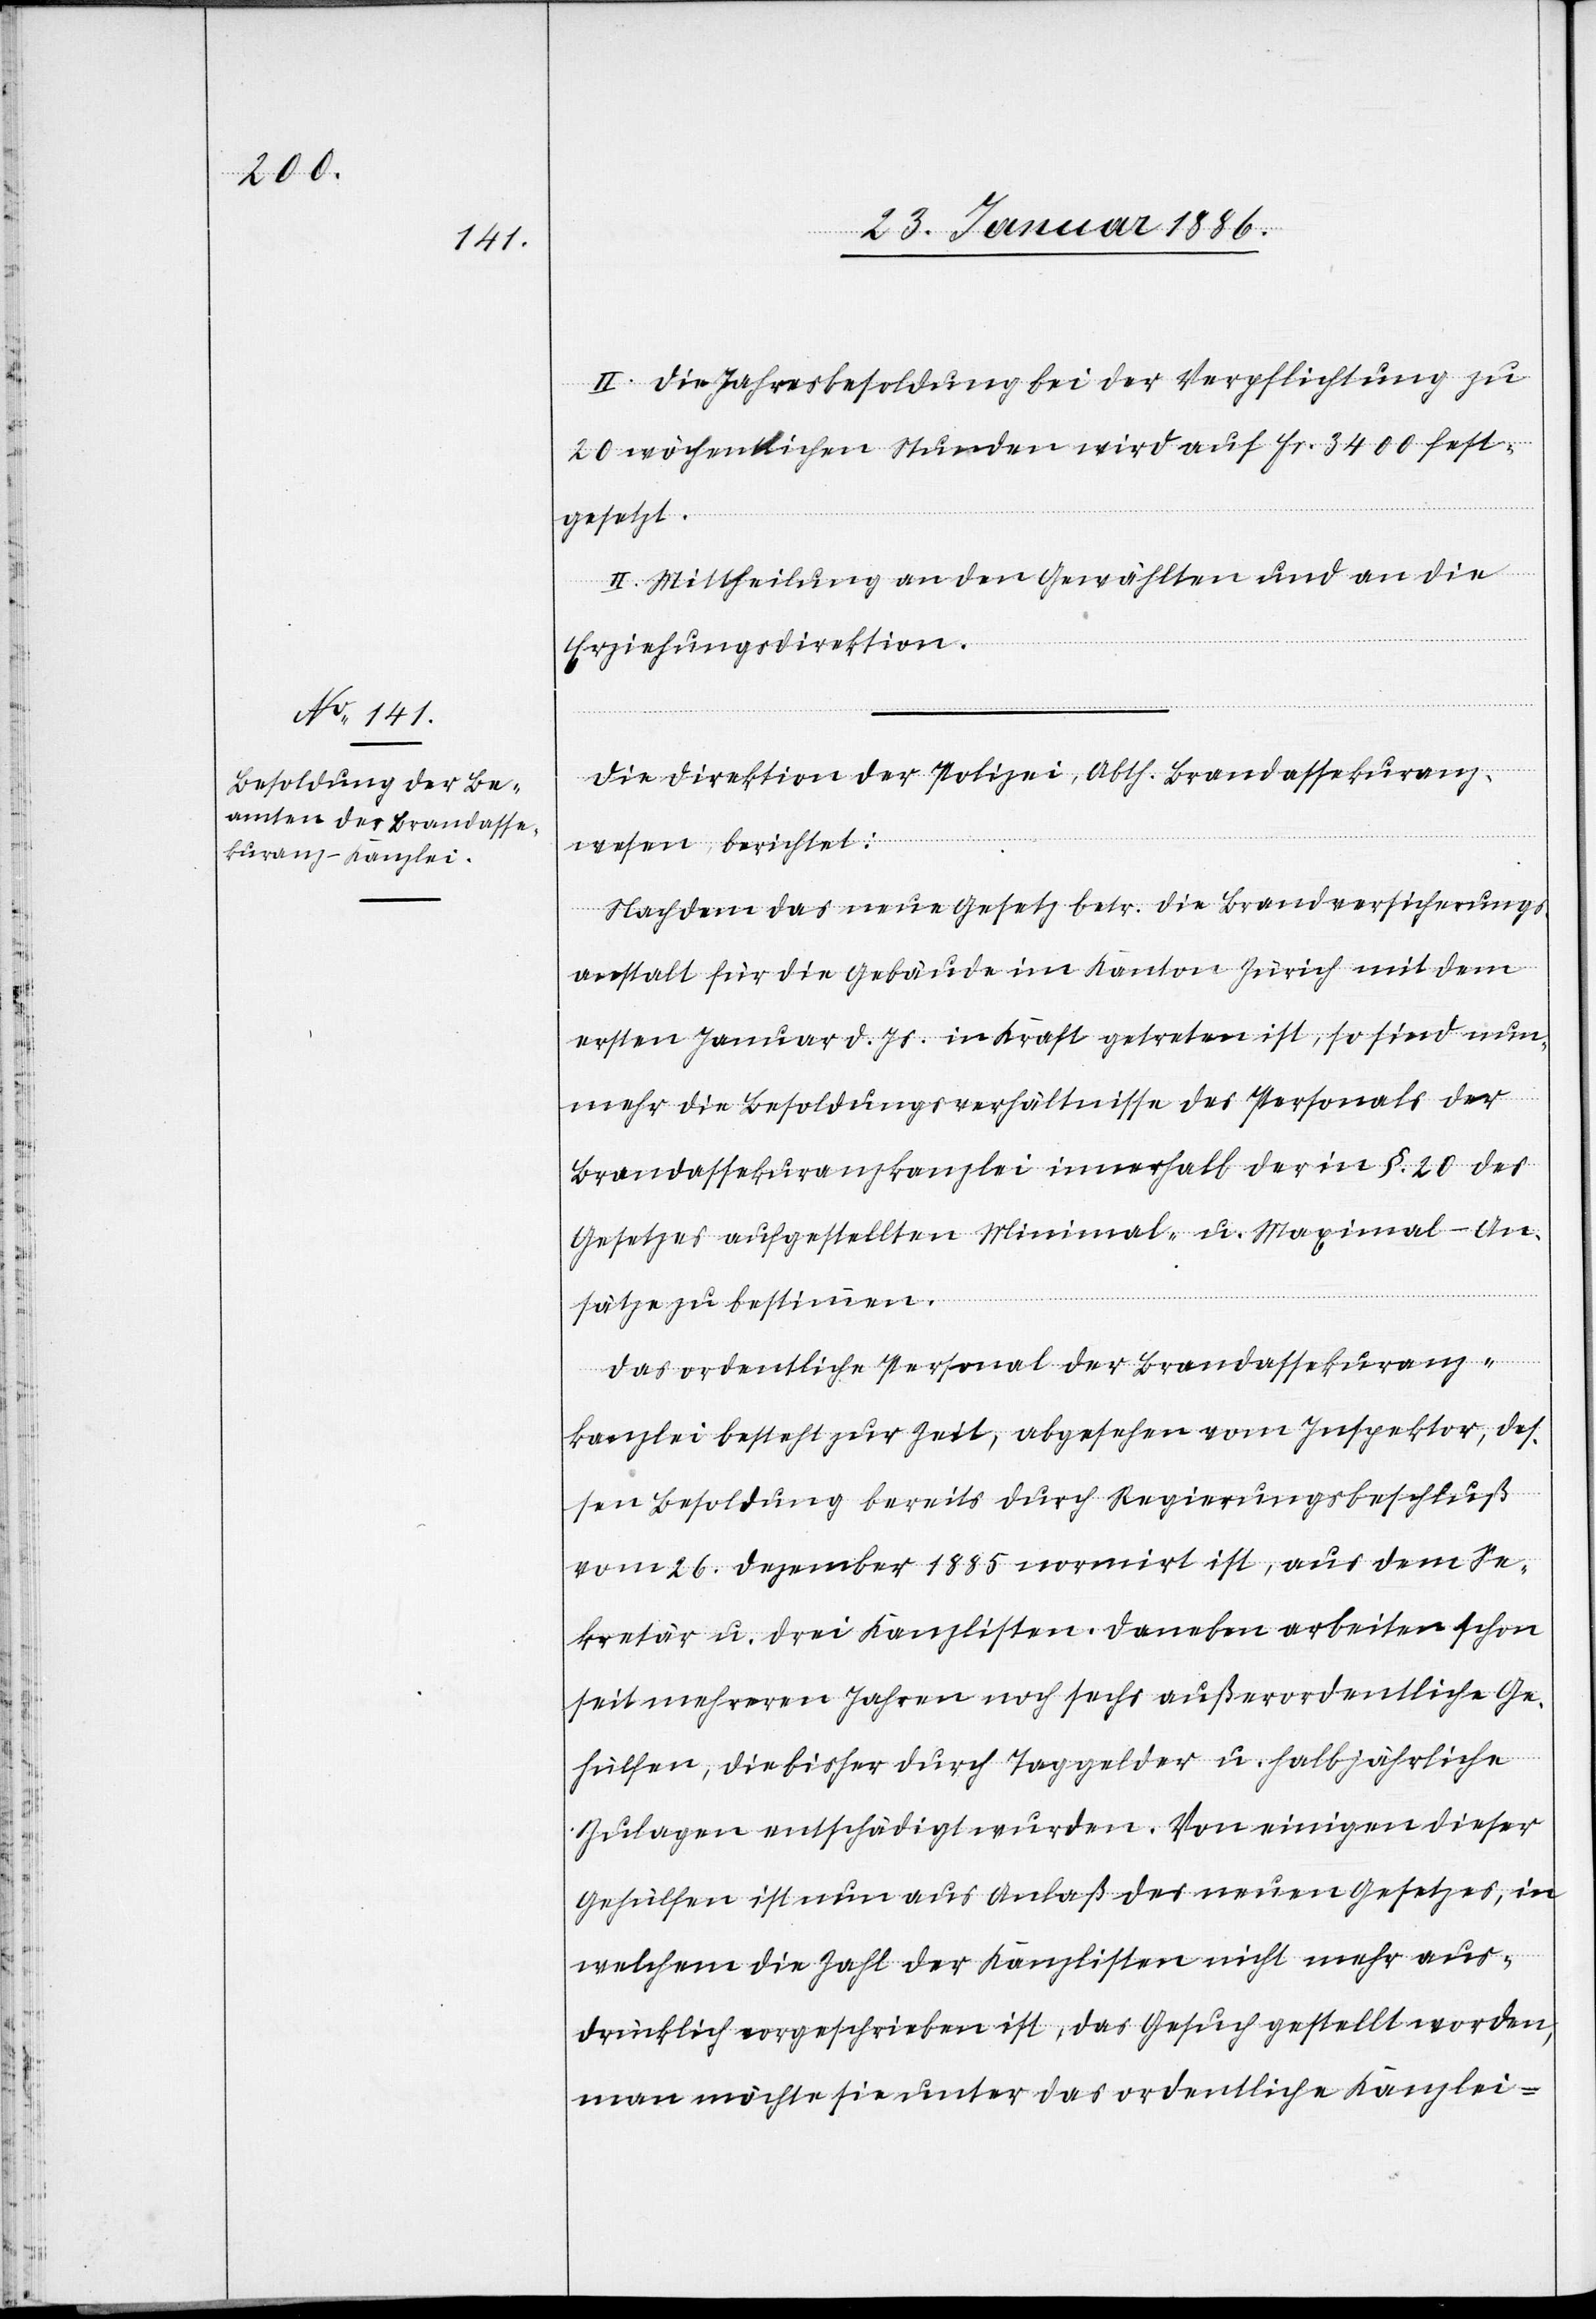
II. Die Jahresbesoldung bei der Verpflichtung zu
20 wöchentlichen Stunden wird auf Fr. 3400 fest¬
gesetzt.
III. Mittheilung an den Gewählten und an die
Erziehungsdirektion.
Die Direktion der Polizei, Abth. Brandassekuranz¬
wesen, berichtet:
Nachdem das neue Gesetz betr. die Brandversicherungs¬
anstalt für die Gebäude im Kanton Zürich mit dem
ersten Januar d. Js. in Kraft getreten ist, so sind nun¬
mehr die Besoldungsverhältnisse des Personals der
Brandassekuranzkanzlei innerhalb der in §. 20 des
Gesetzes aufgestellten Minimal- u. Maximal-An¬
sätze zu bestimmen.
Das ordentliche Personal der Brandassekuranz-K¬
anzlei besteht zur Zeit, abgesehen vom Inspektor, des¬
sen Besoldung bereits durch Regierungsbeschluß
vom 26. Dezember 1885 normiert ist, aus dem Se¬
kretär u. drei Kanzlisten. Daneben arbeiten schon
seit mehreren Jahren noch sechs außerordentliche Ge¬
hülfen, die bisher durch Taggelder u. halbjährliche
Zulagen entschädigt wurden. Von einigen dieser
Gehülfen ist nun aus Anlaß des neuen Gesetzes, in
welchem die Zahl der Kanzlisten nicht mehr aus¬
drücklich vorgeschrieben ist, das Gesuch gestellt worden,
man möchte sie unter das ordentliche Kanzlei-